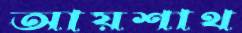
আয়শাথ